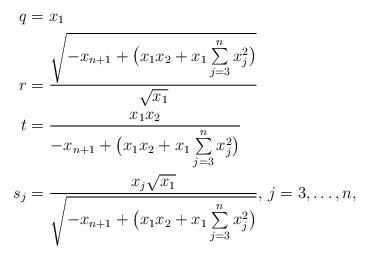
LaTeX: \begin{align*}q &= x_1\\r &=\frac{\sqrt{-x_{n+1}+\bigl(x_1x_2 +x_1\sum\limits_{j=3}^n x_j^2\bigr)}}{\sqrt{x_1}}\\t &= \frac{x_1x_2}{-x_{n+1}+\bigl(x_1x_2 +x_1\sum\limits_{j=3}^n x_j^2\bigr)}\\s_j &= \frac{x_j\sqrt{x_1}}{\sqrt{-x_{n+1}+\bigl(x_1x_2 +x_1\sum\limits_{j=3}^n x_j^2\bigr)}}, \, j=3,\ldots, n,\end{align*}